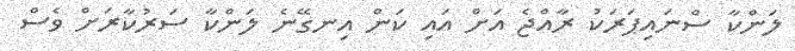
ލަންކާ ސްނައިޕަރަކު ރާއްޖެ އަށް އައި ކަން އިނގޭނެ ލަންކާ ސަރުކާރަށް ވެސް